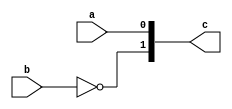
module trivial_join(input a, input b, output [1:0] c);
  assign c[0] = a;
  assign c[1] = ~b;
endmodule